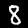
Digit: 8